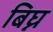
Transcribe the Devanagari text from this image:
बिघ्न